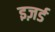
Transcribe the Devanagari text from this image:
इज़र्ड